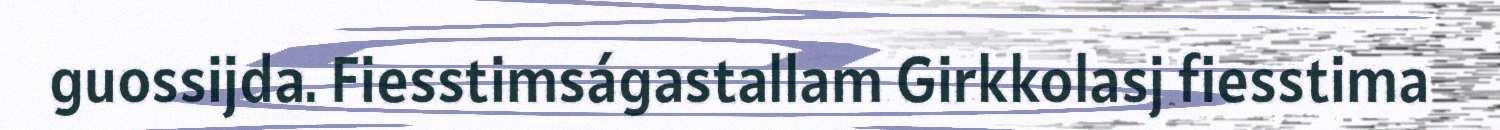
guossijda. Fiesstimságastallam Girkkolasj fiesstima